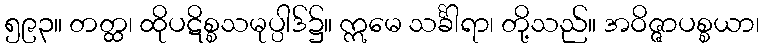
၅၉၃။ တတ္ထ၊ ထိုပဋိစ္စသမုပ္ပါဒ်၌။ ဣမေ သင်္ခါရာ၊ တို့သည်။ အဝိဇ္ဇာပစ္စယာ၊